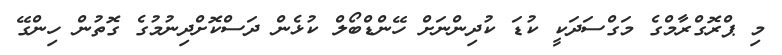
މި ޕްރޮގްރާމްގެ މަގްސަދަކީ ކުޑަ ކުދިންނަށް ހޭންޑްބޯލް ކުޅެން ދަސްކޮށްދިނުމުގެ ގޮތުން ހިންގޭ